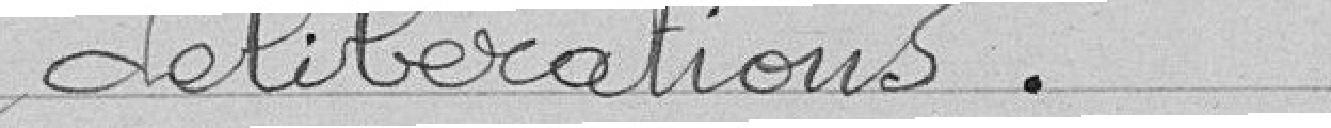
délibérations.